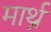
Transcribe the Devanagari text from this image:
मार्थ्र